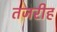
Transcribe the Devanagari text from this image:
तजरीह